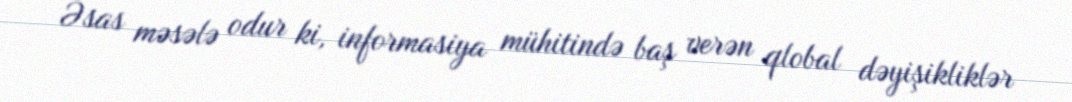
Əsas məsələ odur ki, informasiya mühitində baş verən qlobal dəyişikliklər